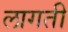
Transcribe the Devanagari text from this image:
लागती